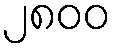
၂၈၀၀